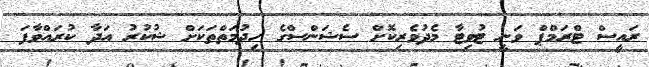
ރައީސް ޓްރަމްޕް ވަނީ ޓުވިޓާ މެދުވެރިކޮށް ސެޝަންސްގެ ހިދުމަތްތަކަށް ޝުކުރު އަދާ ކުރައްވާފަ